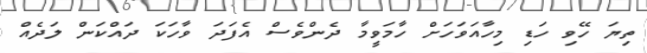
ތިޔަ ހޭވި ހަޑި މިހާއަވަހަށް ހާމަވީމާ ދެންވެސް އެފަދަ ވާހަކަ ދައްކަން ލަދެއް